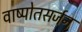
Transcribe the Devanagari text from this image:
वाष्पोतसर्जन